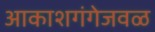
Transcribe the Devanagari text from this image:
आकाशगंगेजवळ